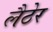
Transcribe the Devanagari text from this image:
लैठेर